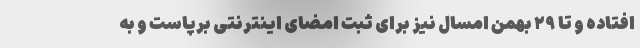
افتاده و تا ۲۹ بهمن امسال نیز برای ثبت امضای اینترنتی برپاست و به